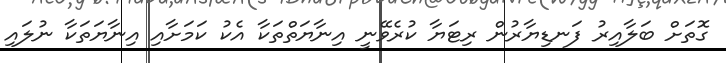
ގޮތަށް ބަލާއިރު ފަނޑިޔާރުން ރިޓަޔާ ކުރެވޭނީ އިނާޔަތްތަކާ އެކު ކަމަށާއި އިނާޔަތަކާ ނުލައި